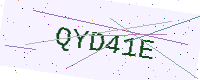
Text: QYD41E